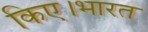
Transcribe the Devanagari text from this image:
किए।भारत